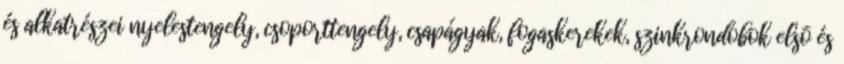
és alkatrészei nyelestengely, csoporttengely, csapágyak, fogaskerekek, szinkrondobok elsõ és